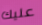
عليك